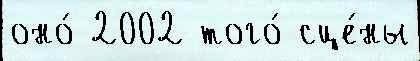
оно́ 2002 того́ сце́ны